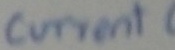
Text: current OUT